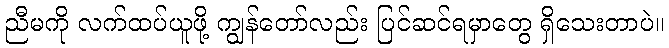
ညီမကို လက်ထပ်ယူဖို့ ကျွန်တော်လည်း ပြင်ဆင်ရမှာတွေ ရှိသေးတာပဲ။